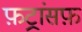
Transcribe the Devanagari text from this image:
फ़ट्रांसफ़